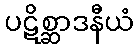
ပဋိစ္ဆာဒနီယံ